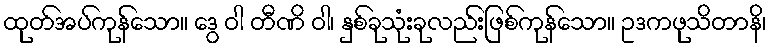
ထုတ်အပ်ကုန်သော။ ဒွေ ဝါ တီဏိ ဝါ၊ နှစ်ခုသုံးခုလည်းဖြစ်ကုန်သော။ ဥဒကဖုသိတာနိ၊